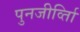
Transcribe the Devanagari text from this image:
पुनजीर्व्ताि